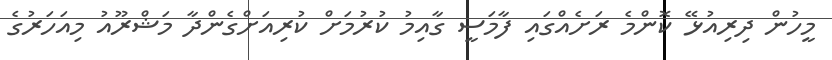
މީހުން ދިރިއުޅޭ ކޮންމެ ރަށެއްގައި ފާމަސީ ގާއިމު ކުރުމަށް ކުރިއަށްގެންދާ މަޝްރޫއު މިއަހަރުގެ